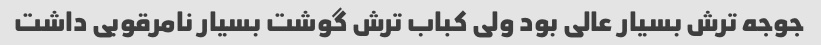
جوجه ترش بسیار عالی بود ولی کباب ترش گوشت بسیار نامرقوبی داشت